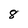
Character: 8